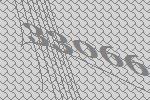
33066